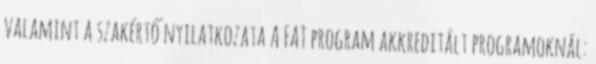
valamint a szakértő nyilatkozata A FAT program akkreditált programoknál: